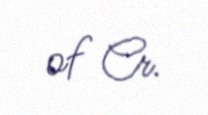
of Cr.